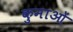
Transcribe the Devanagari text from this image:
कुमाओं